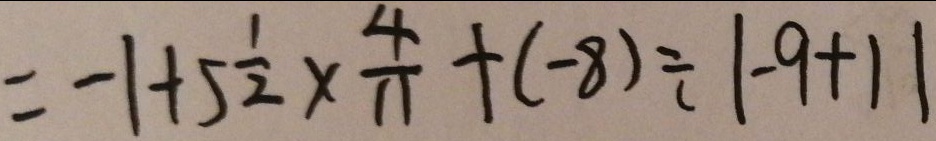
= - 1 + 5 \frac { 1 } { 2 } \times \frac { 4 } { 1 1 } + ( - 8 ) \div 1 - 9 + 1 \vert 1